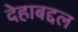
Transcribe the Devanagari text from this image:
देहाबद्दल